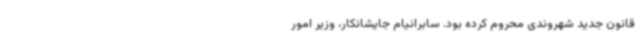
قانون جدید شهروندی محروم کرده بود. سابرانیام جایشانکار، وزیر امور